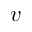
v